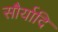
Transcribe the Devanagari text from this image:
सौर्यादि